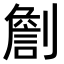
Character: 𠟧